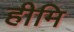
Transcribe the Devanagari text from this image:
हीमि